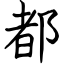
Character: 都